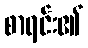
စာရင်း၏